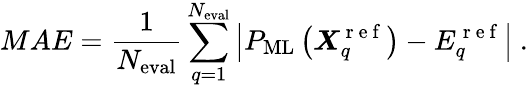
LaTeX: MAE=\frac{1}{N_{\mathrm{eval}}}\sum_{q=1}^{N_{\mathrm{eval}}}\left\lvert P_{\mathrm{ML}}\left(\boldsymbol{X}_{q}^{\mathrm{~r~e~f~}}\right)-{E}_{q}^{\mathrm{~r~e~f~}}\right\rvert~.